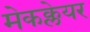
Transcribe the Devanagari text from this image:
मेकक्लेयर